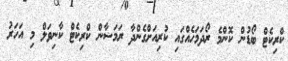
ކްރިކެޓް ބޯޑުން ކޮންމެ ރޯދަމަހެއްގައި ކުރިއަށްގެންދާ ރަމަޟާން ކްރިކެޓް ކާނިވަލް މި އަހަރު